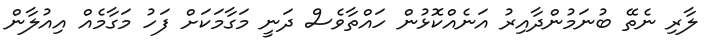
ލާރި ނެތޭ ބުނަމުންދާއިރު އަނެއްކޮޅުން ހައްތާވެސް ދަނީ މަގާމަކަށް ފަހު މަގާމެއް އިއުލާން